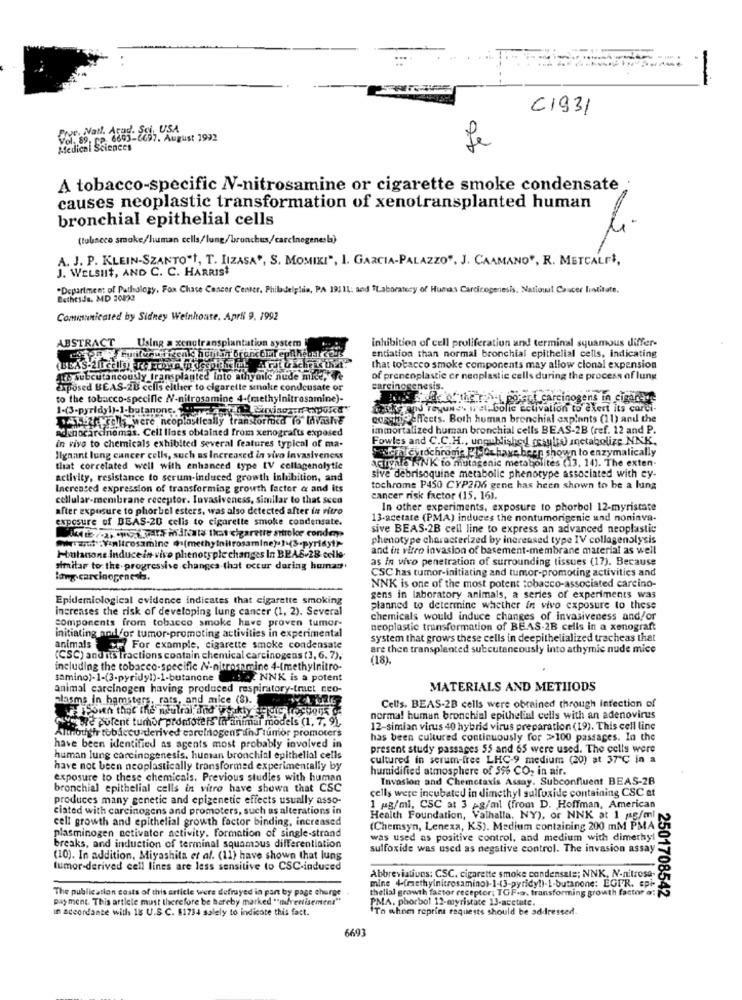
...
-
C1931
Prve. Nat. Arad. St, USA
97. August 1992
Medical Sciences
Je
A tobacco-specific N-nitrosamine or cigarette smoke condensate
causes neoplastic transformation of xenotransplanted human
bronchial epithelial cells
(tobacco smoke/human cells/lung/bronchus,/carcinogenesla)
A. J. P. KLEIN-SZANTO"t, T. IIZASA", S. MOMIKI", I. GARCIA-PALAZZO", J. CAAMANO", R. METCALFI,
J. WELSHIt, AND C. C. HARRIS*
"Department of Pathology, Fox Chase Cancer Center, Philadelphia, PA 19111: and Laboratory of Humas Carcinogenesis, Natioul Caucer lintitate.
Bethesda, MD 20892
Communicated by Sidney Weinhouse. April 9. 1992
ABSTRACT
inhibition of cell proliferation and terminal squamous differ-
Using a xenotransplantation system
entiation than normal bronchial epithelial cells, indicating
that tobacco smoke components may allow clonal expension
qte subcutaneously transplanted into athymle nude miite, fe
of preneoplastic cr neoplastic cells during the process of lung
exposed BEAS-2B cells either to cigarette smoke condensate or
carcinogenesis.
to the tobacco-specifle N-nitrosamine 4-(methylnitrosamine)-
ale of the ra port carcinogens in cigarette
and reyune wet. bolic activation to exert its carci-
41-25 were neoplastically transtornicd (o" IAvalE
cosadi effects. Both human bronchial explants (11) and the
Adenocarcinomas. Cell lines obtained from xenografts exposed
immortalized human bronchial cells BEAS-2B (ref. 12 and P.
Fowles and C.C.H ., unpublished ossults) anetabolize.NNK.
in vivo to chemicals exhibited several features typical of ma-
schlevrochrome ,Qchave been shown to enzymatically
lignant lung cancer cells, such as Increased in vivo invasiveness
activale NNK to mutagenic metabolites (13, 14). The exten-
that correlated well with enhanced type [V collagenolytic
activity, resistance to scrum-induced growth inhibition, and
sive debrisoquine metabolic phenotype associated with ey-
Increased expression of transforming growth factor & and its
tochrome P450 CYP206 gene has heen shown to be a lung
cellular-membrane receptor. Invasiveness, similar to that scca
cancer risk factor (15. 16).
after exposure to phorbol esters, was also detected after in vitro
In other experiments, exposure to phorbol 12-myristate
exposure of BEAS-20 cells to cigarette smoke condensate.
13-acetate (PMA) induces the nontumorigenic and noninva-
it/, et parf Hidratd'that cigarette stroke conden
sive BEAS-2B cell line to express an advanced neoplastic
Miraout. Yanitrosamine @s(methylnitrosamine).] (3-pyridy1)-
phenotype characterized by increased type IV collagenolysis
and in vitro invasion of basement-membrane material as well
Holanone induce in-vivo phenotyple changes In BPAS-28 cells.
as in vivo penetration of surrounding tissues (17). Because
similar to the progressive changes that occur during huma:'
CSC has tumor-initiating and tumor-promoting activities and
lang carcinogenesis.
NNK is one of the most potent tobacco-associated carcino-
Epidemiological evidence indicates that cigarette smoking
gens in laboratory animals, a series of experiments was
increases the risk of developing lung cancer (1, 2). Several
planned to determine whether in vivo exposure to these
components from tobacco smoke have proven tumor-
chemicals would induce changes of invasiveness and/or
initiating andfor tumor-promoting activities in experimental
neoplastic transformation of BEAS-2B cells in a xenograft
system that grows these cells in deepithelialized tracheas that
animals + For example, cigarette smoke condensate
are then transplanted subcutaneously into athymic nude mice
(CSC) and its tractions contain chemical carcinogens (3, 6, 7).
(18).
including the tobacco-specific N-nitrosnmine 4-(methylnitro-
samino)-1-(3-pyridyl)-1-butanone la? NNK is a potent
animal carcinogen having produced respiratory-tract Eco-
MATERIALS AND METHODS
nlasms in hamsters, rats, and mice (8).
Soith that the neutral, and weaktyHuis ossons of
Cells. BEAS-2B cells were obtained through Infection of
ayant Pulent tumor pronote is In animal models (1, 7, 91.
normal human bronchial epithelial cells with an adenovirus
Althoughr tobiecu derived carelnogens un Júnior promoters
12-simian virus 40 hybrid virus preparation (19). This cell line
has been cultured continuously for >100 passages. In the
have been identified as agents most probably involved in
present study passages 55 and 65 were used. The cells were
human lung carcinogenesis, human bronchial epithelial cells
cultured in serum-free LHC-9 medium (20) at 37℃ in a
have not been neoplastically transformed experimentally by
humidified atmosphere of 596 CO, in air.
exposure to these chemicals. Previous studies with human
Invasion and Chemotaxis Assay. Subconfluent BEAS-28
bronchial epithelial cells in vitro have shown that CSC
cells were incubated in dimethyl sulfoxide containing CSC at
produces many genetic and epigenetic effects usually asso-
ciated with carcinogens and promoters, such as alterations in
1 pg/ml, CSC at 3 pg/ml (from D. Hoffman, American
cell growth and epithelial growth factor binding, increased
Health Foundation, Valhalla, NY), or NNK at 1 s/mnl
plasminogen activator activity. formation of single-strand
(Chemsyn, Lenexa, K3). Medium containing 200 mM PMA
was used as positive control, and medium with dimethyl
breaks, and induction of terminal squamous differentiation
sulfoxide was used as negative control. The invasion assay
(10). In addition, Miyashita et al. (11) have shown that lung
tumor-derived cell lines are less sensitive to CSC-induced
mine 4-(methylnitrosamino)-1-43-pyridy!)-1-butanone: EGIR. epi-
Abbreviations: CSC. cigarette smoke condensals; NNK, N-nitroso-
The publication costs of this article were defrayed in pan by page churse
thelial growth factor receptor; TOF.a. transforming growth factor a:
payment. This article must therefore be hereby marked ""(advertisement"
PMA. phorbol 12-myristate 13-acetate.
2501708542
in accordance with 18 U.S.C. $1734 salely to indicate this fact.
To whom reprins requests should be addressed.
6693